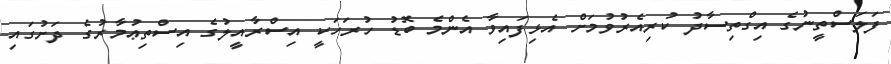
ފަލަސްތީނުގެ އިގްތިސާދު ކުރިއެރުވުމަށް އެޅިފައިވާ އެންމެ ބޮޑު ހުރަހަކީ އިސްރާއީލުގެ އިސްތިޢުމާރުގެ ދަށުގައި